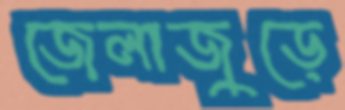
জেলাজুড়ে